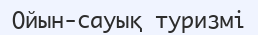
Ойын-сауық туризмі